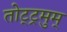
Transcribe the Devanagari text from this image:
तोट्ट्रमुम्